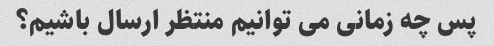
پس چه زمانی می توانیم منتظر ارسال باشیم؟